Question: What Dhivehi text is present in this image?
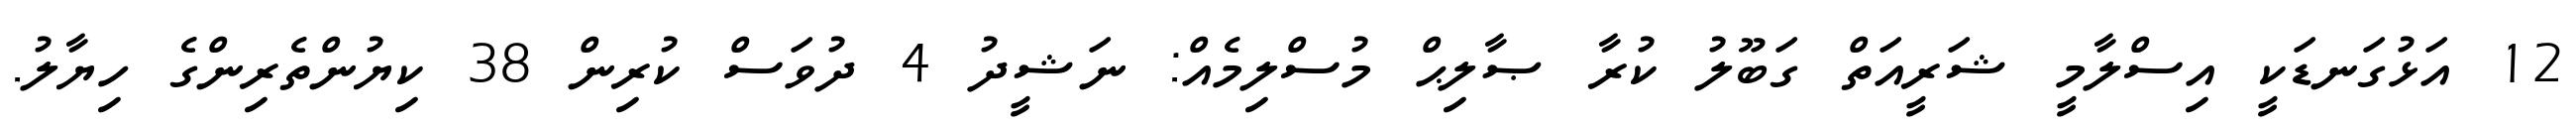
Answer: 12 އަޅުގަނޑަކީ އިސްލާމީ ޝަރީއަތް ގަބޫލު ކުރާ ޞާލިޙް މުސްލިމެއް: ނަޝީދު 4 ދުވަސް ކުރިން 38 ކިޔުންތެރިންގެ ހިޔާލު.